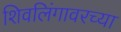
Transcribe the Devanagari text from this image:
शिवलिंगावरच्या